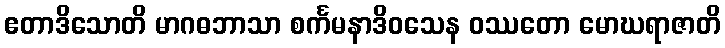
ဧတာဒိသောတိ မာဂဓဘာသာ စင်္ကမနာဒိဝသေန ဝဿတော မောဃရာဇာတိ